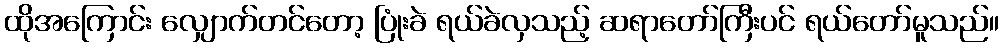
ထိုအကြောင်း လျှောက်တင်တော့ ပြုံးခဲ ရယ်ခဲလှသည့် ဆရာတော်ကြီးပင် ရယ်တော်မူသည်။